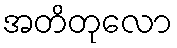
အတိတုလော